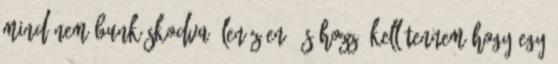
mind nem bunkóskodva, lenézően. és hozzá kell tennem,hogy egy